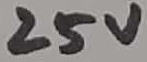
Text: 25V